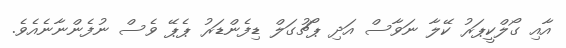
އާއި ގޯލްކީޕަރު ކޭލާ ނަވާސް އަދި ޕޯޗުގަލް ޑިފެންޑަރު ޕެޕޭ ވެސް ނުފެންނާނެއެވެ.